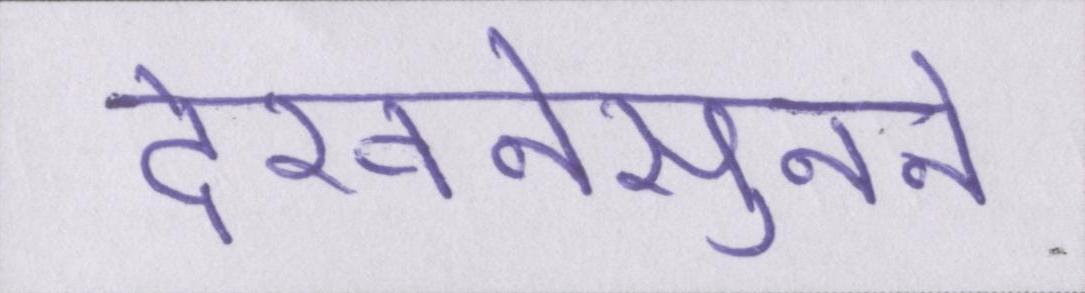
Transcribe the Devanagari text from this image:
देखनेसुनने